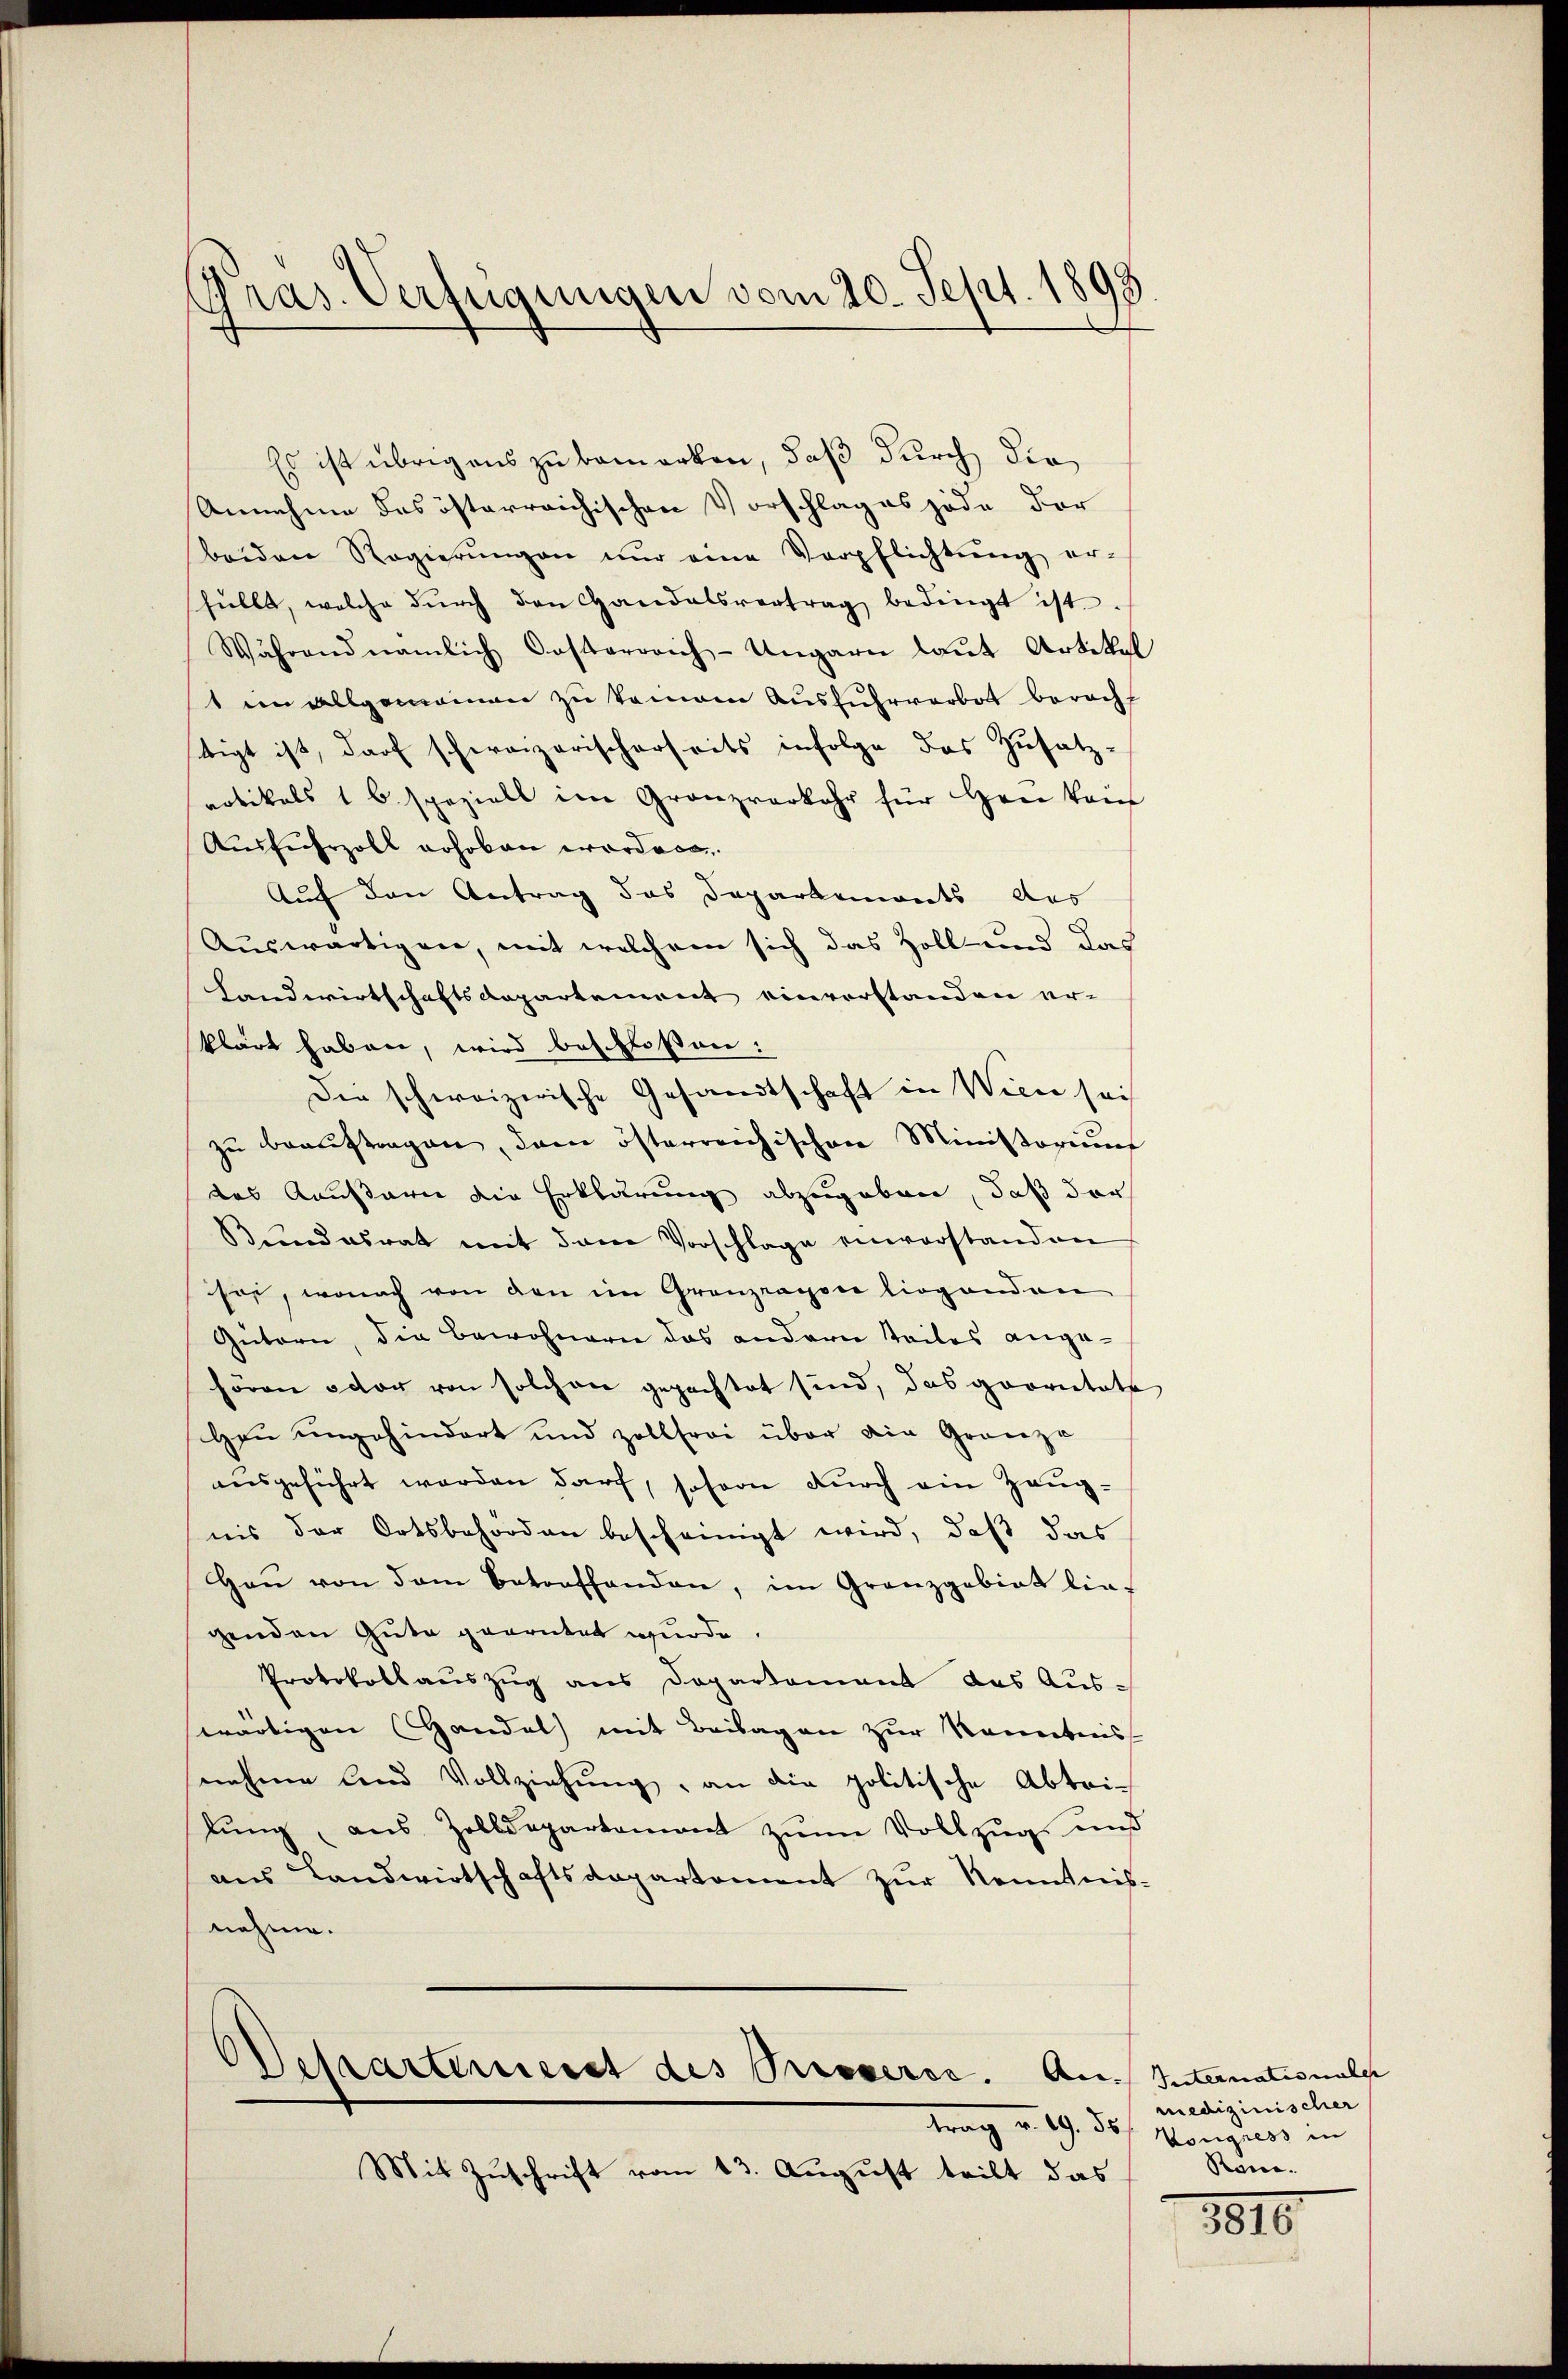
Pras. Verfügungen vom 20. Sept. 1893

Es ist übrigens zu bemerken, daß durch die
Annehme das österreichischen Vorschlag es jede der
beiden Regierŭngen nŭr eine Verpflichtŭng er-
füllt, welche dŭrch den Handelsvertrag bedingt ist.
Während nämlich Oesterreich-Ungarn laŭt Artikal
t im allgemeinen zu keinem Ausfuhrverbot berecht
stigt ist, darf schweizerischerseits infolge das Zusatz-
notikals 1 b. speziell im Granzverkehr für Hrn Kai
Ausfuhrzoll erhoben wordes
Auf den Antrag das Departemonts des
Auswärtigen, mit welchem sich das Zoll- und das
Landwirtschaftsdepartement einverstanden erklärt haben, wird beschloßen:
Die schweizerische Gesandtschaft in Wien sei
zŭ beaŭftragen, dem österreichischen Ministorium
das Kausaree die Erklärung abzugeben, daß der
Bundesrat mit dem Vorschlage einverstanden
see, wonach von den im Granzragone liegenden
Gütern, die Bewohnern das andern Teiles angehören octor von solchen gepachtet sind, das provitate
Heu ungehindert und zollfrei über die Gränze
ausgeführt werden darf, sofoon durch ein Zeugnis der Ortsbehörden bescheinigt wird, daß das
Haŭ von dem Betreffenden, im Granzgebiet lie-
genden Gute geartet wurde.
Protokollauszug aus Departement das Ausswärtigen Handel mit Beilagen zur Kenntnis
nahme land Vollziehung, an die politische Abtrilŭng, aus Zolldepartament zŭm Vollzug und
aus Landwirtschaftsdepartement zur Kenntnis-
nehme.

Detzarternerst des Presserde. Au. Internationals

Mit Zuschrift vom 13. August teilt das

medizinischer
trag v. 9. 58/ Mongress in
Ran.

1816